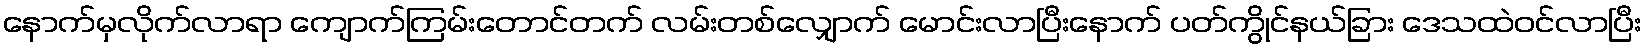
နောက်မှလိုက်လာရာ ကျောက်ကြမ်းတောင်တက် လမ်းတစ်လျှောက် မောင်းလာပြီးနောက် ပတ်ကွိုင်နယ်ခြား ဒေသထဲဝင်လာပြီး